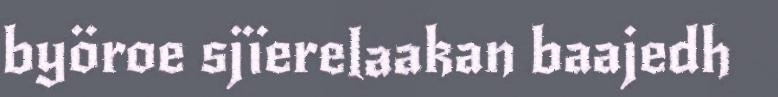
byöroe sjïerelaakan baajedh